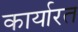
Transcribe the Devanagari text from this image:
कार्यारत